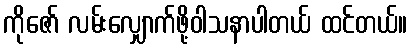
ကိုဇော် လမ်းလျှောက်ဖို့ဝါသနာပါတယ် ထင်တယ်။